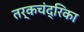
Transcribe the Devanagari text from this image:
तर्कचंद्रिका